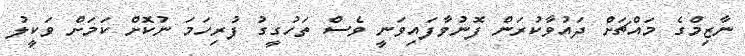
ނާޒިމްގެ މައްޗަށް ދައުވާކުރަން ފޮނުވާފައިވަނީ ވެސް ތަހުގީގު ފުރިހަމަ ނުކޮށް ކަމަށް ވަކީލު